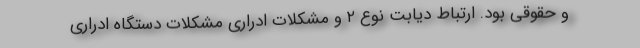
و حقوقی بود. ارتباط دیابت نوع ۲ و مشکلات ادراری مشکلات دستگاه ادراری